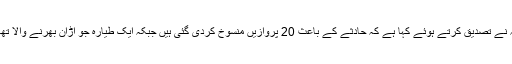
ہیتھرو ایئر پورٹ انتظامیہ نے تصدیق کرتے ہوئے کہا ہے کہ حادثے کے باعث 20 پروازیں منسوخ کردی گئی ہیں جبکہ ایک طیارہ جو اڑان بھرنے والا تھا اسے خالی کرالیا گیا ہے۔